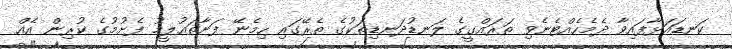
ކަނޑައަޅާފައިވާ ދެމެހެއްޓެނެވި ތަރައްގީގެ ލަނޑުދަނޑިތަކުގެ ތެރޭގައި ހިމެނޭ ފަށާތައުލީމު ފެށުމުގެ ކުރިން އެއް